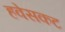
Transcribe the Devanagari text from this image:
हवेसकट